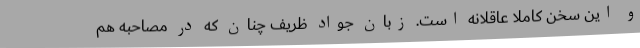
و این سخن کاملا عاقلانه است. زبان جواد ظریف چنان که در مصاحبه هم